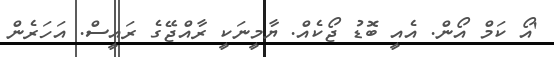
'އޯ ކަމް އޯން. އެއީ ބޮޑު ޖޯކެއް. ޔާމީނަކީ ރާއްޖޭގެ ރައީސް. އަހަރެން